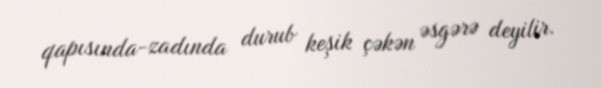
qapısında-zadında durub keşik çəkən əsgərə deyilir.